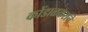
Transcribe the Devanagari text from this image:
कोंडाळकराने